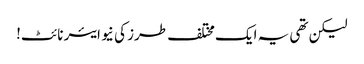
لیکن تھی یہ ایک مختلف طرز کی نیو ایئر نائٹ!